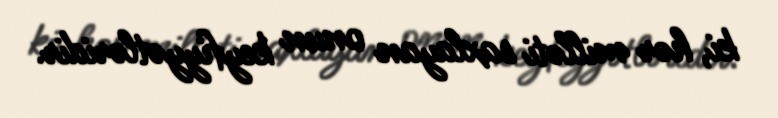
ki, hər milləti saxlayan onun keyfiyyətləridir.